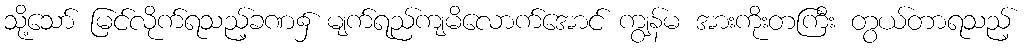
သို့သော် မြင်လိုက်ရသည့်ခဏ၌ မျက်ရည်ကျမိလောက်အောင် ကျွန်မ အားကိုးတကြီး တွယ်တာရသည့်